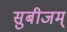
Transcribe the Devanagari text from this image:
सुबीजम्